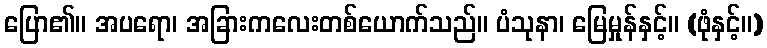
ပြော၏။ အပရော၊ အခြားကလေးတစ်ယောက်သည်။ ပံသုနာ၊ မြေမှုန်နှင့်။ (ဖုံနှင့်။)